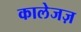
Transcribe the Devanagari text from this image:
कालेजज़